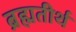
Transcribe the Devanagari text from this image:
ब्रह्मतीर्थ